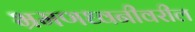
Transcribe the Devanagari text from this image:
भ्रमणध्वनीवरील